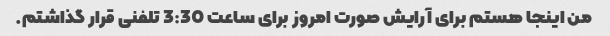
من اینجا هستم برای آرایش صورت امروز برای ساعت 3:30 تلفنی قرار گذاشتم.